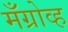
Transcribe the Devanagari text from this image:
मँग्रोव्ह